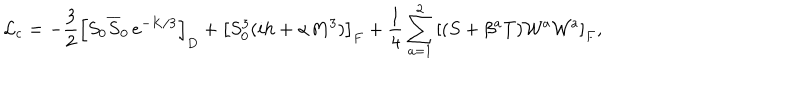
LaTeX: { \cal L } _ { \mathrm { c } } = - { \frac { 3 } { 2 } } \left[ S _ { 0 } \overline { { S } } _ { 0 } \, e ^ { - K / 3 } \right] _ { D } + \left[ S _ { 0 } ^ { 3 } ( i h + \alpha M ^ { 3 } ) \right] _ { F } + { \frac { 1 } { 4 } } \sum _ { a = 1 } ^ { 2 } { \left[ ( S + \beta ^ { a } T ) { \cal W } ^ { a } { \cal W } ^ { a } \right] _ { F } } ,